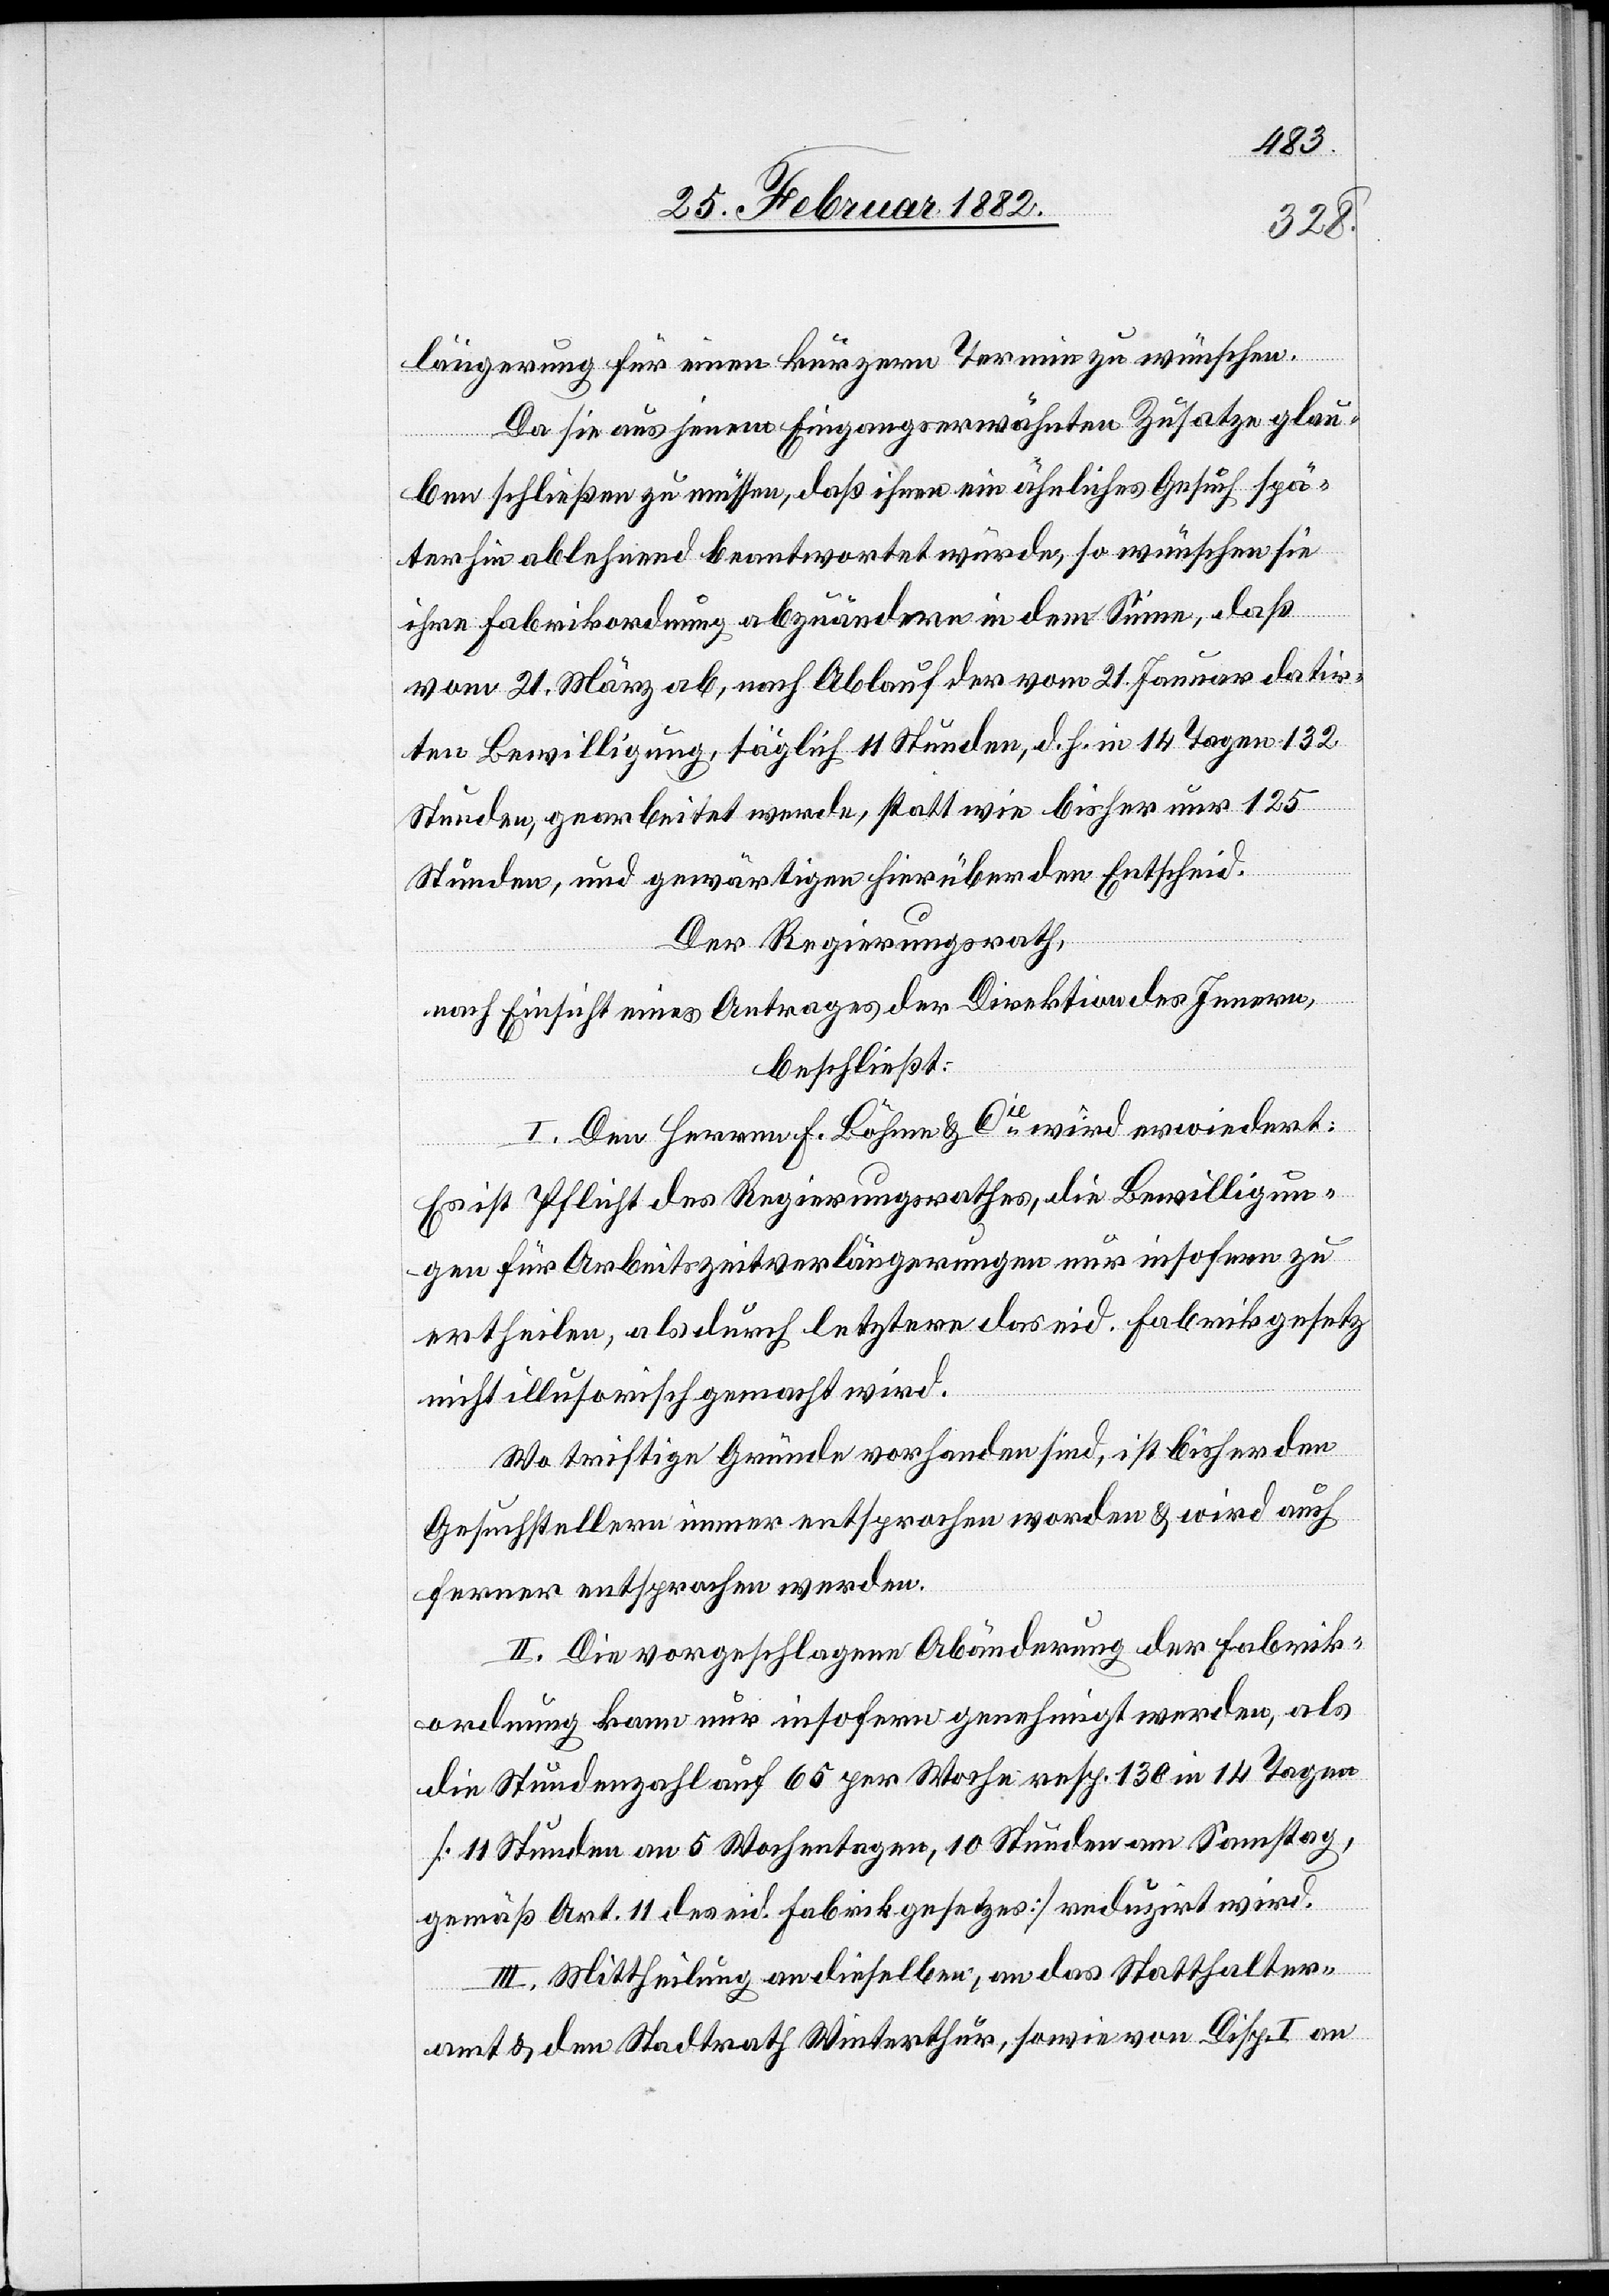
längerung für einen kürzeren Termin zu wünschen.
Da sie aus jenem Eingangs erwähnten Zusatze glau¬
ben schließen zu müssen, daß ihnen ein ähnliches Gesuch spä¬
ter hin ablehnend beantwortet würde, so wünsche sie
ihre Fabrikordnung abzuändern in dem Sinne, daß
vom 21. März ab, nach Ablauf der vom 21. Januar datir¬
ten Bewilligung, täglich 11 Stunden, d. h. in 14 Tagen 132
Stunden, gearbeitet werde, statt wie bisher nur 125
Stunden, und gewärtige hierüber den Entscheid.
Der Regierungsrath,
nach Einsicht eines Antrages der Direktion des Innern,
beschließt:
I. Den Herren F. Böhme & Cie wird erwiedert:
Es ist Pflicht des Regierungsrathes, die Bewilligun¬
gen für Arbeitszeitverlängerungen nur insofern zu
ertheilen, als durch letztere das eid. Fabrikgesetz
nicht illusorisch gemacht wird.
Wo triftige Gründe vorhanden sind, ist bisher den
Gesuchstellern immer entsprochen worden & wird auch
ferner entsprochen werden.
II. Die vorgeschlagene Abänderung der Fabrik¬
ordnung kann nur insofern genehmigt werden, als
die Stundenanzahl auf 65 per Woche resp. 130 in 14 Tagen
[11 Stunden an 5 Wochentagen, 10 Stunden am Samstag,
gemäß Art. 11 des eid. Fabrikgesetzes] reduziert wird.
III. Mittheilung an dieselben, an das Statthalter¬
amt & den Stadtrath Winterthur, sowie von Disp. I an